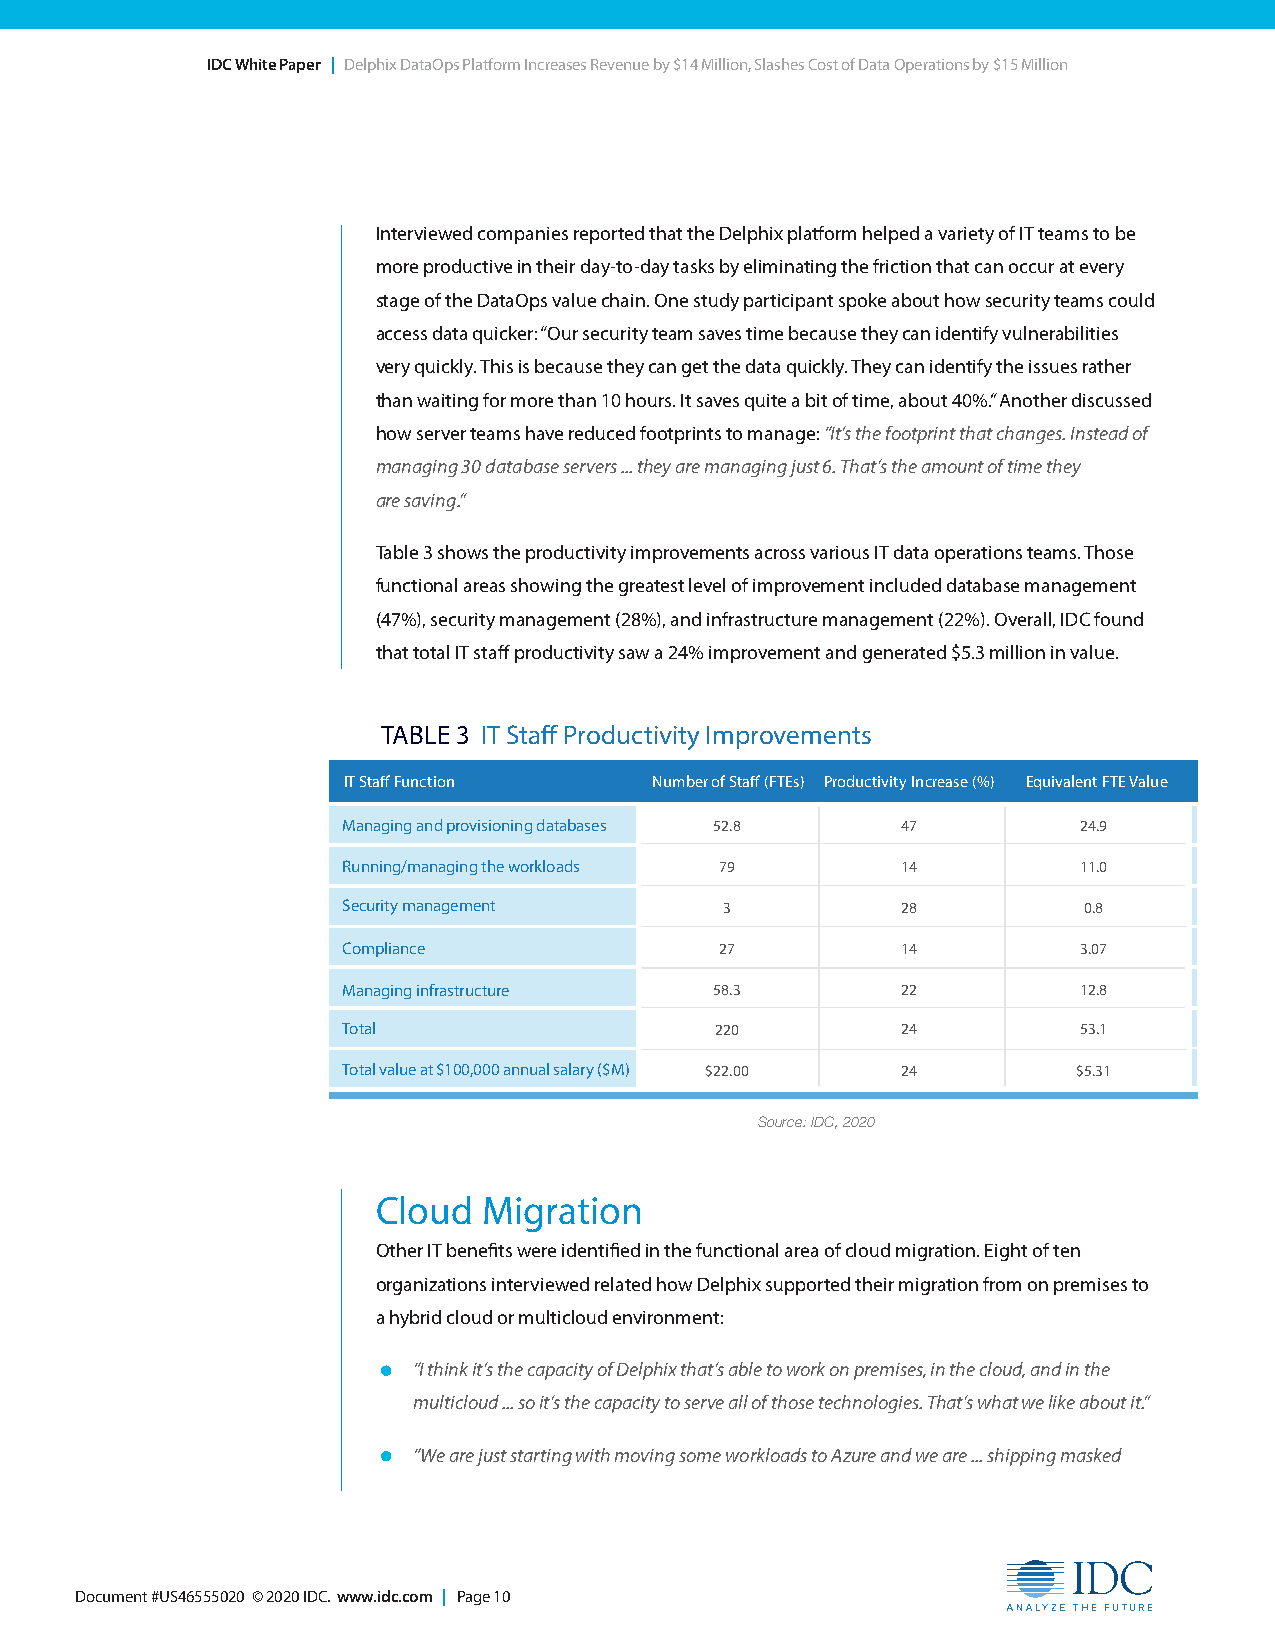
IDC White Paper | Delphix DataOps Platform Increases Revenue by $14 Million, Slashes Cost of Data Operations by $15 Million
 Interviewed companies reported that the Delphix platform helped a variety of IT teams to be
 more productive in their day-to-day tasks by eliminating the friction that can occur at every
 stage of the DataOps value chain. One study participant spoke about how security teams could
 access data quicker: “Our security team saves time because they can identify vulnerabilities
 very quickly. This is because they can get the data quickly. They can identify the issues rather
 than waiting for more than 10 hours. It saves quite a bit of time, about 40%.” Another discussed
 how server teams have reduced footprints to manage: “It’s the footprint that changes. Instead of
 managing 30 database servers ... they are managing just 6. That’s the amount of time they
 are saving.”
 Table 3 shows the productivity improvements across various IT data operations teams. Those
 functional areas showing the greatest level of improvement included database management
 (47%), security management (28%), and infrastructure management (22%). Overall, IDC found
 that total IT staff productivity saw a 24% improvement and generated $5.3 million in value.
 TABLE 3 IT Staff Productivity Improvements
 IT Staff Function   Number of Staff (FTEs) Productivity Increase (%) Equivalent FTE Value
 Managing and provisioning databases 52.8 47     24.9
 Running/managing the workloads 79    14         11.0
 Security management      3           28          0.8
 Compliance               27          14         3.07
 Managing infrastructure 58.3         22         12.8
 Total                   220          24         53.1
 Total value at $100,000 annual salary ($M) $22.00 24 $5.31
 Source: IDC, 2020
 Cloud  Migration
 Other IT benefits were identified in the functional area of cloud migration. Eight of ten
 organizations interviewed related how Delphix supported their migration from on premises to
 a hybrid cloud or multicloud environment:
 • “I think it’s the capacity of Delphix that’s able to work on premises, in the cloud, and in the
 multicloud ... so it’s the capacity to serve all of those technologies. That’s what we like about it.”
 • “We are just starting with moving some workloads to Azure and we are ... shipping masked
 Document #US46555020 © 2020 IDC. www.idc.com | Page 10